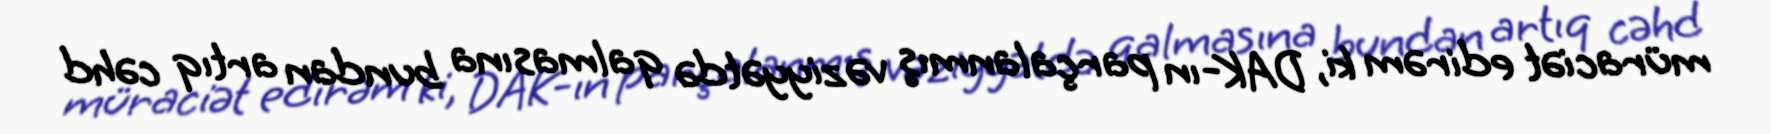
müraciət edirəm ki, DAK-ın parçalanmış vəziyyətdə qalmasına bundan artıq cəhd